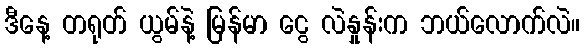
ဒီနေ့ တရုတ် ယွမ်နဲ့ မြန်မာ ငွေ လဲနှုန်းက ဘယ်လောက်လဲ။